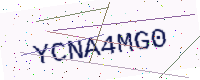
Text: YCNA4MG0